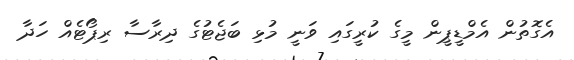
އެގޮތުން އެމްޑީޕީން މީގެ ކުރީގައި ވަނީ މުޅި ބަޖެޓުގެ ދިރާސާ ރިޕޯޓެއް ހަދާ